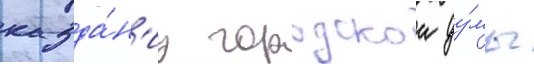
к зда́н'иу городскои ду́мы